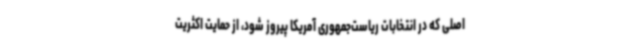
اصلی که در انتخابات ریاست‌جمهوری آمریکا پیروز شود، از حمایت اکثریت